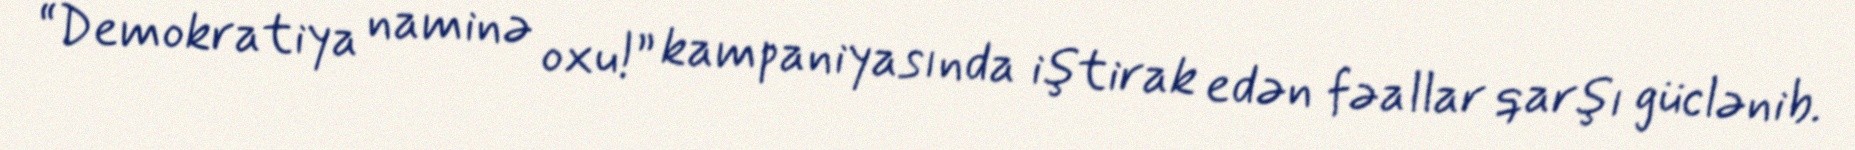
“Demokratiya naminə oxu!” kampaniyasında iştirak edən fəallar qarşı güclənib.